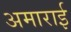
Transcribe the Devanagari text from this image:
अमाराई